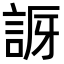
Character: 𧧝